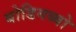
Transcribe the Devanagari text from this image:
बोडिगब्बो